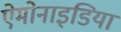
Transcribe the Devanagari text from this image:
ऐमोनाइडिया